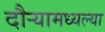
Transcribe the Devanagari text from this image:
दौर्‍यामध्यल्या